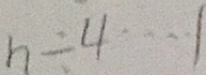
n \div 4 \dot s 1